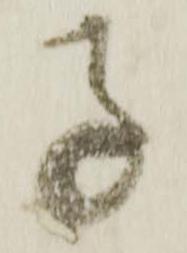
子